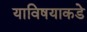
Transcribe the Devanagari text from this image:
याविषयाकडे